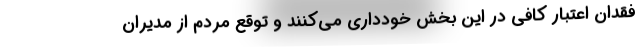
فقدان اعتبار کافی در این بخش خودداری می‌کنند و توقع مردم از مدیران